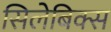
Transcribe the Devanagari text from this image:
सिलेबिक्स